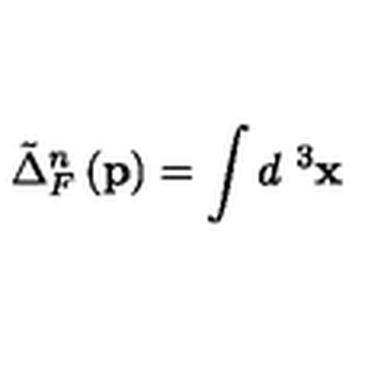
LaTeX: \tilde { \Delta } _ { F } ^ { n } \left( \mathbf { p } \right) = \int d ^ { \mathbf { \ } 3 } \mathbf { x }